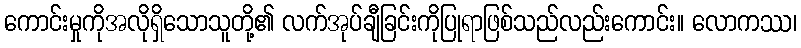
ကောင်းမှုကိုအလိုရှိသောသူတို့၏ လက်အုပ်ချီခြင်းကိုပြုရာဖြစ်သည်လည်းကောင်း။ လောကဿ၊